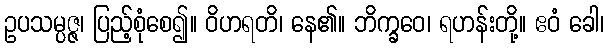
ဥပသမ္ပဇ္ဇ၊ ပြည့်စုံစေ၍။ ဝိဟရတိ၊ နေ၏။ ဘိက္ခဝေ၊ ရဟန်းတို့။ ဧဝံ ခေါ၊